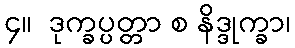
၄။  ဒုက္ခပ္ပတ္တာ စ နိဒ္ဒုက္ခာ၊